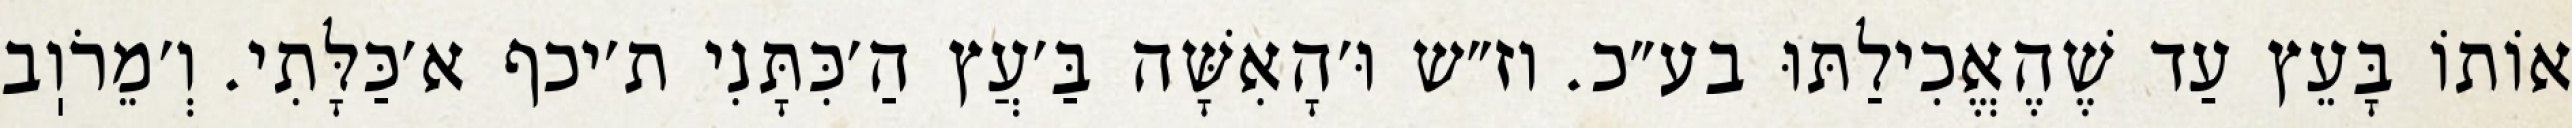
אוֹתוֹ בָּעֵץ עַד שֶׁהֶאֱכִילַתּוּ בע״כ. וז״ש וּ׳הָאִשָּׁה בַּ׳עֲץ הַ׳כִּתָּנִי ת׳יכף א׳כַּלָּתִי. וְ׳מֵרֹוֽב